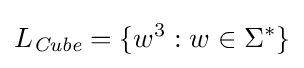
L_{\textit {Cube}}=\{w^{3}:w\in \Sigma ^{*}\}